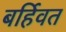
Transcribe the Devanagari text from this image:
बर्हिवत